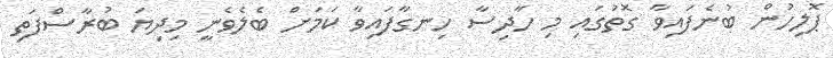
ޕޮލިހުން ބުނެފައިވާ ގޮތުގައި މި ހާދިސާ ހިނގާފައިވާ ކަމަށް ބެލެވެނީ މިދިޔަ ބުރާސްފަތި